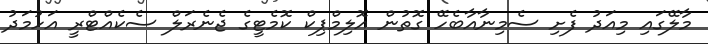
މާލޭގައި މިއަދު ފެށި ސެމިނާއާބެހޭ ގޮތުން އޮލިމްޕިކް ކޮމެޓީގެ ޖެނެރަލް ސެކެއްޓްރީ އަހުމަދު